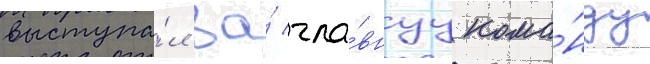
выступа́л за́ гла́внуу кома́нду